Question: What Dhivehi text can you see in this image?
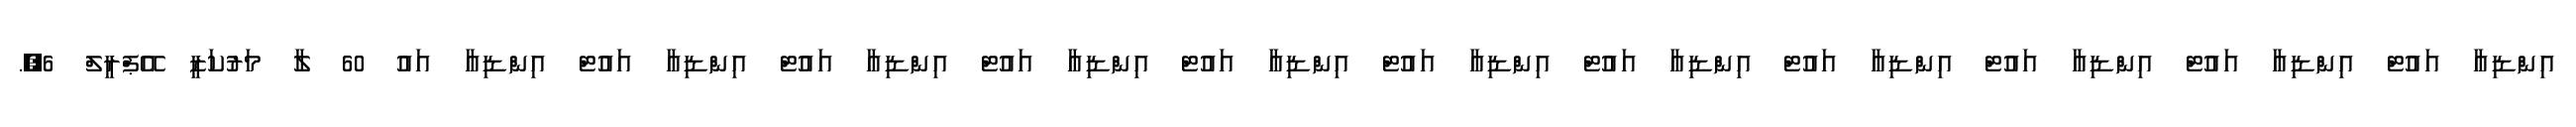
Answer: އިންޑިއާ އައުޓް އިންޑިއާ އައުޓް އިންޑިއާ އައުޓް އިންޑިއާ އައުޓް އިންޑިއާ އައުޓް އިންޑިއާ އައުޓް އިންޑިއާ އައުޓް އިންޑިއާ އައުޓް އިންޑިއާ އައުޓް އިންޑިއާ އައުޓް އިންޑިއާ އައު 60 ލާ މަރުކަޒީ އޭޕްރީލް 6,.